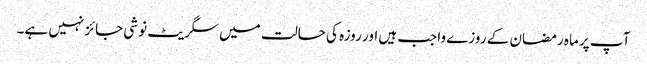
آپ پر ماہ رمضان کے روزے واجب ہیں اور روزہ کی حالت میں سگریٹ نوشی جائز نہیں ہے۔